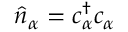
{ \hat { n } } _ { \alpha } = c _ { \alpha } ^ { \dagger } c _ { \alpha }